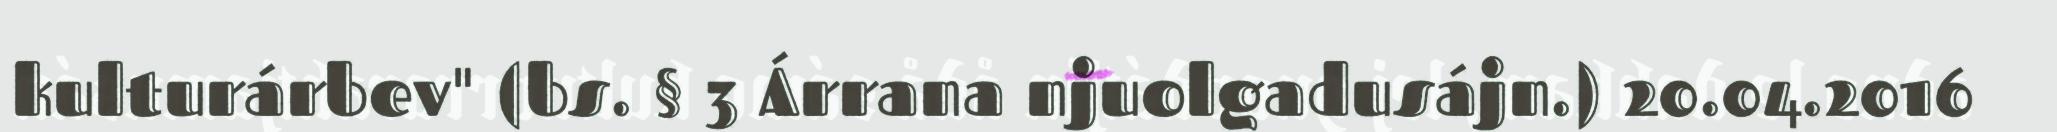
kulturárbev" (bs. § 3 Árrana njuolgadusájn.) 20.04.2016